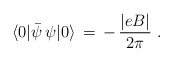
\begin{align*} \langle0|\bar{\psi} \, \psi|0 \rangle \, = \,-\, \frac{|eB|}{2 \pi} \,\, .\end{align*}